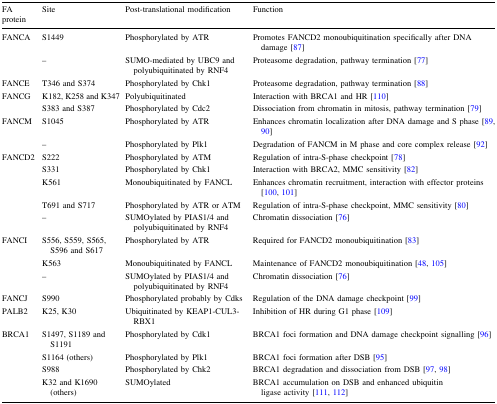
<table><thead><tr><td><b>FA protein</b></td><td><b>Site</b></td><td><b>Post-translational modification</b></td><td><b>Function</b></td></tr></thead><tbody><tr><td rowspan="2">FANCA</td><td>S1449</td><td>Phosphorylated by ATR</td><td>Promotes FANCD2 monoubiquitination specifically after DNA damage [87]</td></tr><tr><td>–</td><td>SUMO-mediated by UBC9 and polyubiquitinated by RNF4</td><td>Proteasome degradation, pathway termination [77]</td></tr><tr><td>FANCE</td><td>T346 and S374</td><td>Phosphorylated by Chk1</td><td>Proteasome degradation, pathway termination [88]</td></tr><tr><td rowspan="2">FANCG</td><td>K182, K258 and K347</td><td>Polyubiquitinated</td><td>Interaction with BRCA1 and HR [110]</td></tr><tr><td>S383 and S387</td><td>Phosphorylated by Cdc2</td><td>Dissociation from chromatin in mitosis, pathway termination [79]</td></tr><tr><td rowspan="2">FANCM</td><td>S1045</td><td>Phosphorylated by ATR</td><td>Enhances chromatin localization after DNA damage and S phase [89, 90]</td></tr><tr><td>–</td><td>Phosphorylated by Plk1</td><td>Degradation of FANCM in M phase and core complex release [92]</td></tr><tr><td rowspan="5">FANCD2</td><td>S222</td><td>Phosphorylated by ATM</td><td>Regulation of intra-S-phase checkpoint [78]</td></tr><tr><td>S331</td><td>Phosphorylated by Chk1</td><td>Interaction with BRCA2, MMC sensitivity [82]</td></tr><tr><td>K561</td><td>Monoubiquitinated by FANCL</td><td>Enhances chromatin recruitment, interaction with effector proteins [100, 101]</td></tr><tr><td>T691 and S717</td><td>Phosphorylated by ATR or ATM</td><td>Regulation of intra-S-phase checkpoint, MMC sensitivity [80]</td></tr><tr><td>–</td><td>SUMOylated by PIAS1/4 and polyubiquitinated by RNF4</td><td>Chromatin dissociation [76]</td></tr><tr><td rowspan="3">FANCI</td><td>S556, S559, S565, S596 and S617</td><td>Phosphorylated by ATR</td><td>Required for FANCD2 monoubiquitination [83]</td></tr><tr><td>K563</td><td>Monoubiquitinated by FANCL</td><td>Maintenance of FANCD2 monoubiquitination [48, 105]</td></tr><tr><td>–</td><td>SUMOylated by PIAS1/4 and polyubiquitinated by RNF4</td><td>Chromatin dissociation [76]</td></tr><tr><td>FANCJ</td><td>S990</td><td>Phosphorylated probably by Cdks</td><td>Regulation of the DNA damage checkpoint [99]</td></tr><tr><td>PALB2</td><td>K25, K30</td><td>Ubiquitinated by KEAP1-CUL3-RBX1</td><td>Inhibition of HR during G1 phase [109]</td></tr><tr><td rowspan="4">BRCA1</td><td>S1497, S1189 and S1191</td><td>Phosphorylated by Cdk1</td><td>BRCA1 foci formation and DNA damage checkpoint signalling [96]</td></tr><tr><td>S1164 (others)</td><td>Phosphorylated by Plk1</td><td>BRCA1 foci formation after DSB [95]</td></tr><tr><td>S988</td><td>Phosphorylated by Chk2</td><td>BRCA1 degradation and dissociation from DSB [97, 98]</td></tr><tr><td>K32 and K1690 (others)</td><td>SUMOylated</td><td>BRCA1 accumulation on DSB and enhanced ubiquitin ligase activity [111, 112]</td></tr></tbody></table>